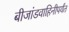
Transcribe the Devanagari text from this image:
बीजांडवाहिनीपर्यंत